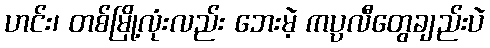
ဟင်း၊ တစ်မြို့လုံးလည်း ဘေးမဲ့ ကပ္ပလီတွေချည်းပဲ